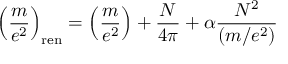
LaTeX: \left( \frac { m } { e ^ { 2 } } \right) _ { \mathrm { r e n } } = \left( \frac { m } { e ^ { 2 } } \right) + \frac { N } { 4 \pi } + \alpha { \frac { N ^ { 2 } } { ( m / e ^ { 2 } ) } }